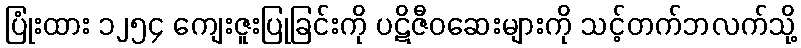
ပြုံးထား ၁၂၅၄ ကျေးဇူးပြုခြင်းကို ပဋိဇီဝဆေးများကို သင့်တက်ဘလက်သို့